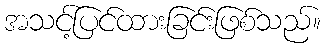
အသင့်ပြင်ထားခြင်းဖြစ်သည်။